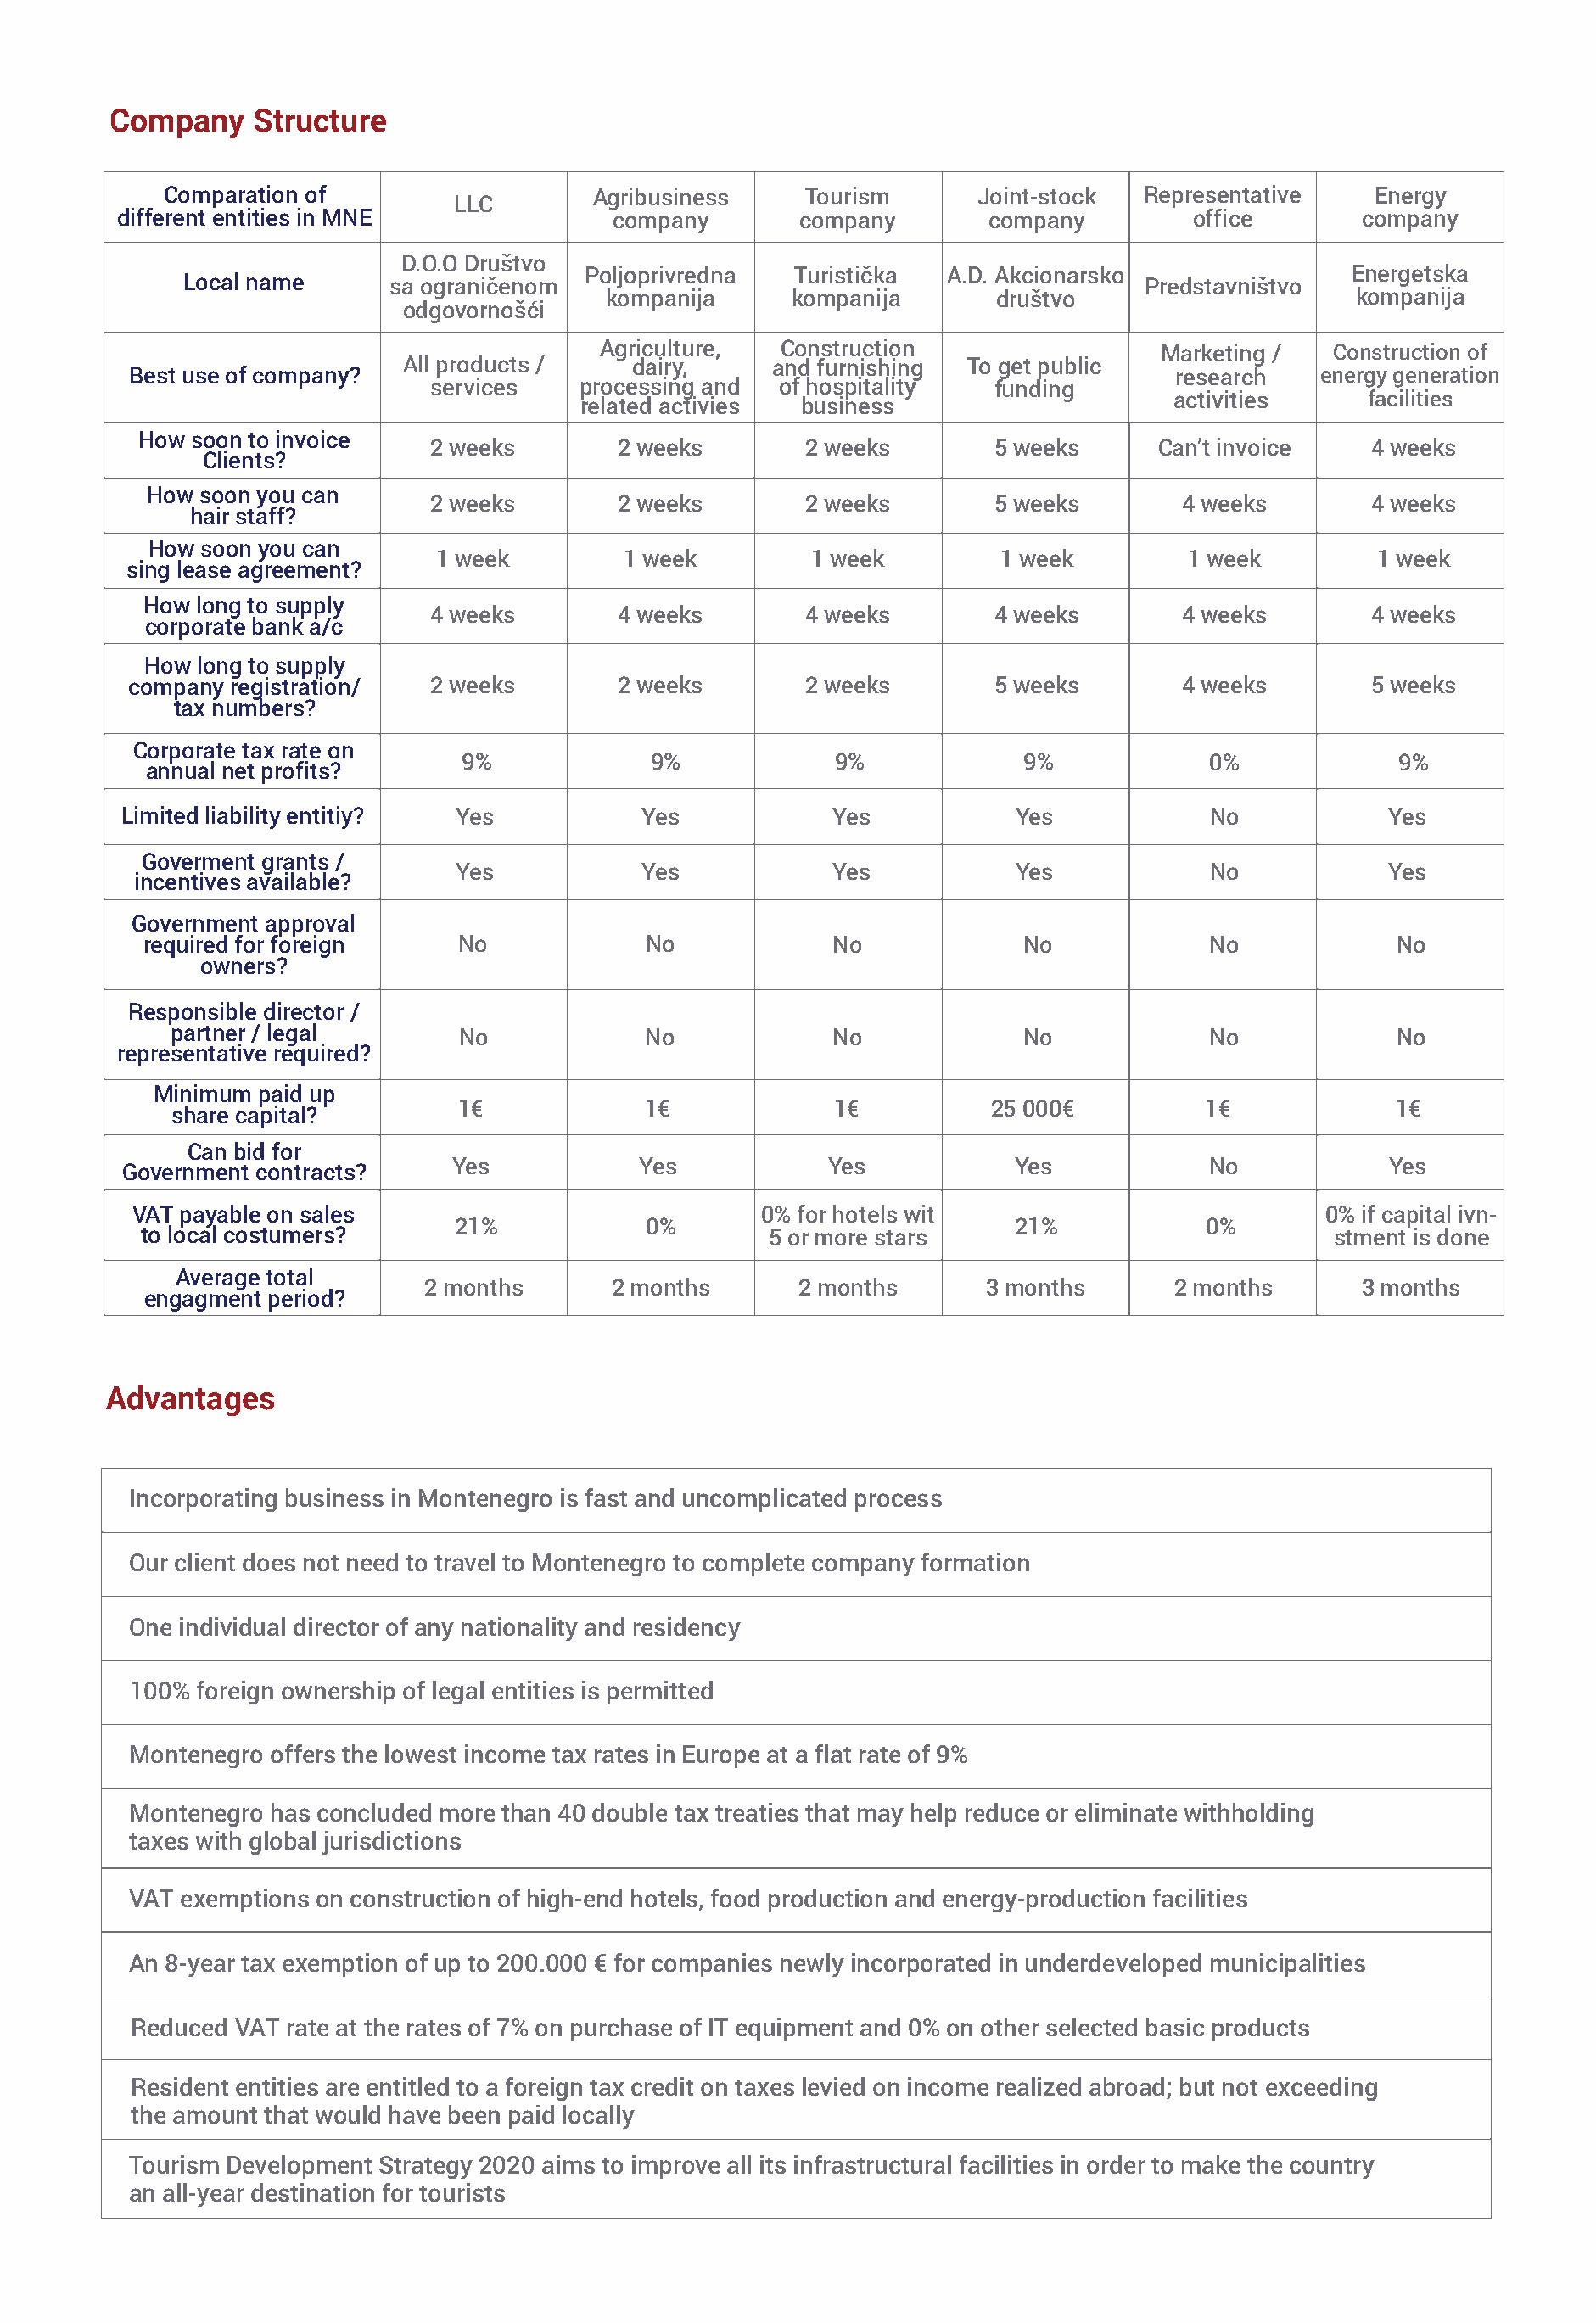
Company    Structure
 Comparation of                   Agribusiness     Tourism      Joint-stock  Representative    Energy
 LLC
 different entities in MNE              company       company        company         office       company
 D.O.O Društvo
 Poljoprivredna  Turistička  A.D. Akcionarsko               Energetska
 Local name      sa ograničenom                                             Predstavništvo
 kompanija      kompanija       društvo                     kompanija
 odgovornošći
 Agriculture,  Construction                  Marketing /  Construction of
 All products /    dairy,     and furnishing To get public
 Best use of company?                                                              research   energy generation
 services   processing and  of hospitality   funding
 activities     facilities
 related activies business
 How soon to invoice
 2 weeks       2 weeks        2 weeks        5 weeks     Can’t invoice    4 weeks
 Clients?
 How  soon you can
 2 weeks       2 weeks        2 weeks        5 weeks       4 weeks        4 weeks
 hair staff?
 How soon you can
 1 week         1 week        1 week         1 week         1 week        1 week
 sing lease agreement?
 How long to supply
 4 weeks       4 weeks        4 weeks        4 weeks       4 weeks        4 weeks
 corporate bank a/c
 How long to supply
 company registration/   2 weeks       2 weeks        2 weeks        5 weeks       4 weeks        5 weeks
 tax numbers?
 Corporate tax rate on
 9%             9%            9%             9%            0%             9%
 annual net profits?
 Limited liability entitiy? Yes           Yes            Yes           Yes            No            Yes
 Goverment grants /
 Yes           Yes            Yes           Yes            No            Yes
 incentives available?
 Government approval
 required for foreign     No            No             No             No            No             No
 owners?
 Responsible director /
 partner / legal        No            No             No             No            No             No
 representative required?
 Minimum paid up
 1€            1€             1€          25 000€          1€             1€
 share capital?
 Can bid for
 Yes            Yes            Yes           Yes            No            Yes
 Government contracts?
 VAT payable on sales                             0% for hotels wit                           0% if capital ivn-
 21%            0%                           21%            0%
 to local costumers?                              5 or more stars                             stment is done
 Average total
 2 months       2 months      2 months       3 months       2 months      3 months
 engagment period?
 Advantages
 Incorporating business in Montenegro is fast and uncomplicated process
 Our client does not need to travel to Montenegro to complete company formation
 One individual director of any nationality and residency
 100% foreign ownership of legal entities is permitted
 Montenegro offers the lowest income tax rates in Europe at a flat rate of 9%
 Montenegro has concluded more than 40 double tax treaties that may help reduce or eliminate withholding
 taxes with global jurisdictions
 VAT exemptions on construction of high-end hotels, food production and energy-production facilities
 An 8-year tax exemption of up to 200.000 € for companies newly incorporated in underdeveloped municipalities
 Reduced VAT rate at the rates of 7% on purchase of IT equipment and 0% on other selected basic products
 Resident entities are entitled to a foreign tax credit on taxes levied on income realized abroad; but not exceeding
 the amount that would have been paid locally
 Tourism Development Strategy 2020 aims to improve all its infrastructural facilities in order to make the country
 an all-year destination for tourists